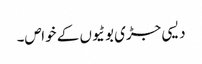
دیسی جڑی بوٹیوں کے خواص۔